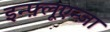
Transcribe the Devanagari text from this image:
इन्फ़्लूएन्ज़ा